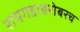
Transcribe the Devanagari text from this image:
रायगडाबरोबरच